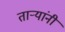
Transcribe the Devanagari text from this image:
तार्‍यांनी